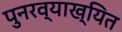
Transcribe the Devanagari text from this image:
पुनरव्याख्यित